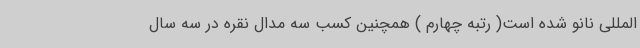
المللی نانو شده است( رتبه چهارم ) همچنین کسب سه مدال نقره در سه سال